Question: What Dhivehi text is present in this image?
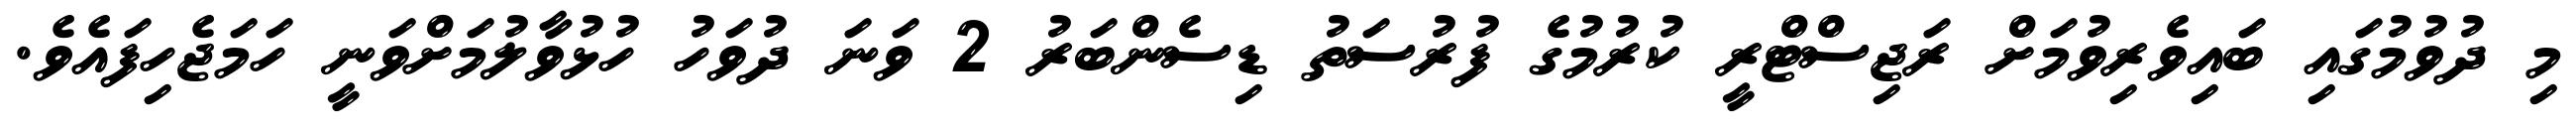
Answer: މި ދުވުމުގައި ބައިވެރިވުމަށް ރަޖިސްޓްރީ ކުރުމުގެ ފުރުސަތު ޑިސެންބަރު 2 ވަނަ ދުވަހު ހުޅުވާލުމަށްވަނީ ހަމަޖެހިފައެވެ.